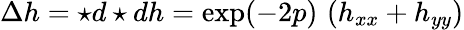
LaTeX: \Delta h=\star d\star dh=\exp(-2p)\, \left(h_{xx}+h_{yy}\right)